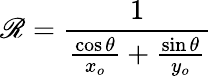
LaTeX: \mathscr{R}={\frac{{1}}{{{\frac{{\cos\theta}}{{x_{o}}}}+{\frac{{\sin\theta}}{{y_{o}}}}}}}